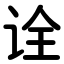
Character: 诠